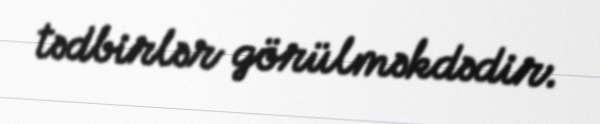
tədbirlər görülməkdədir.